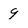
Character: 9